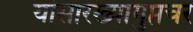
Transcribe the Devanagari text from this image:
यांसारख्यागुप्तचर